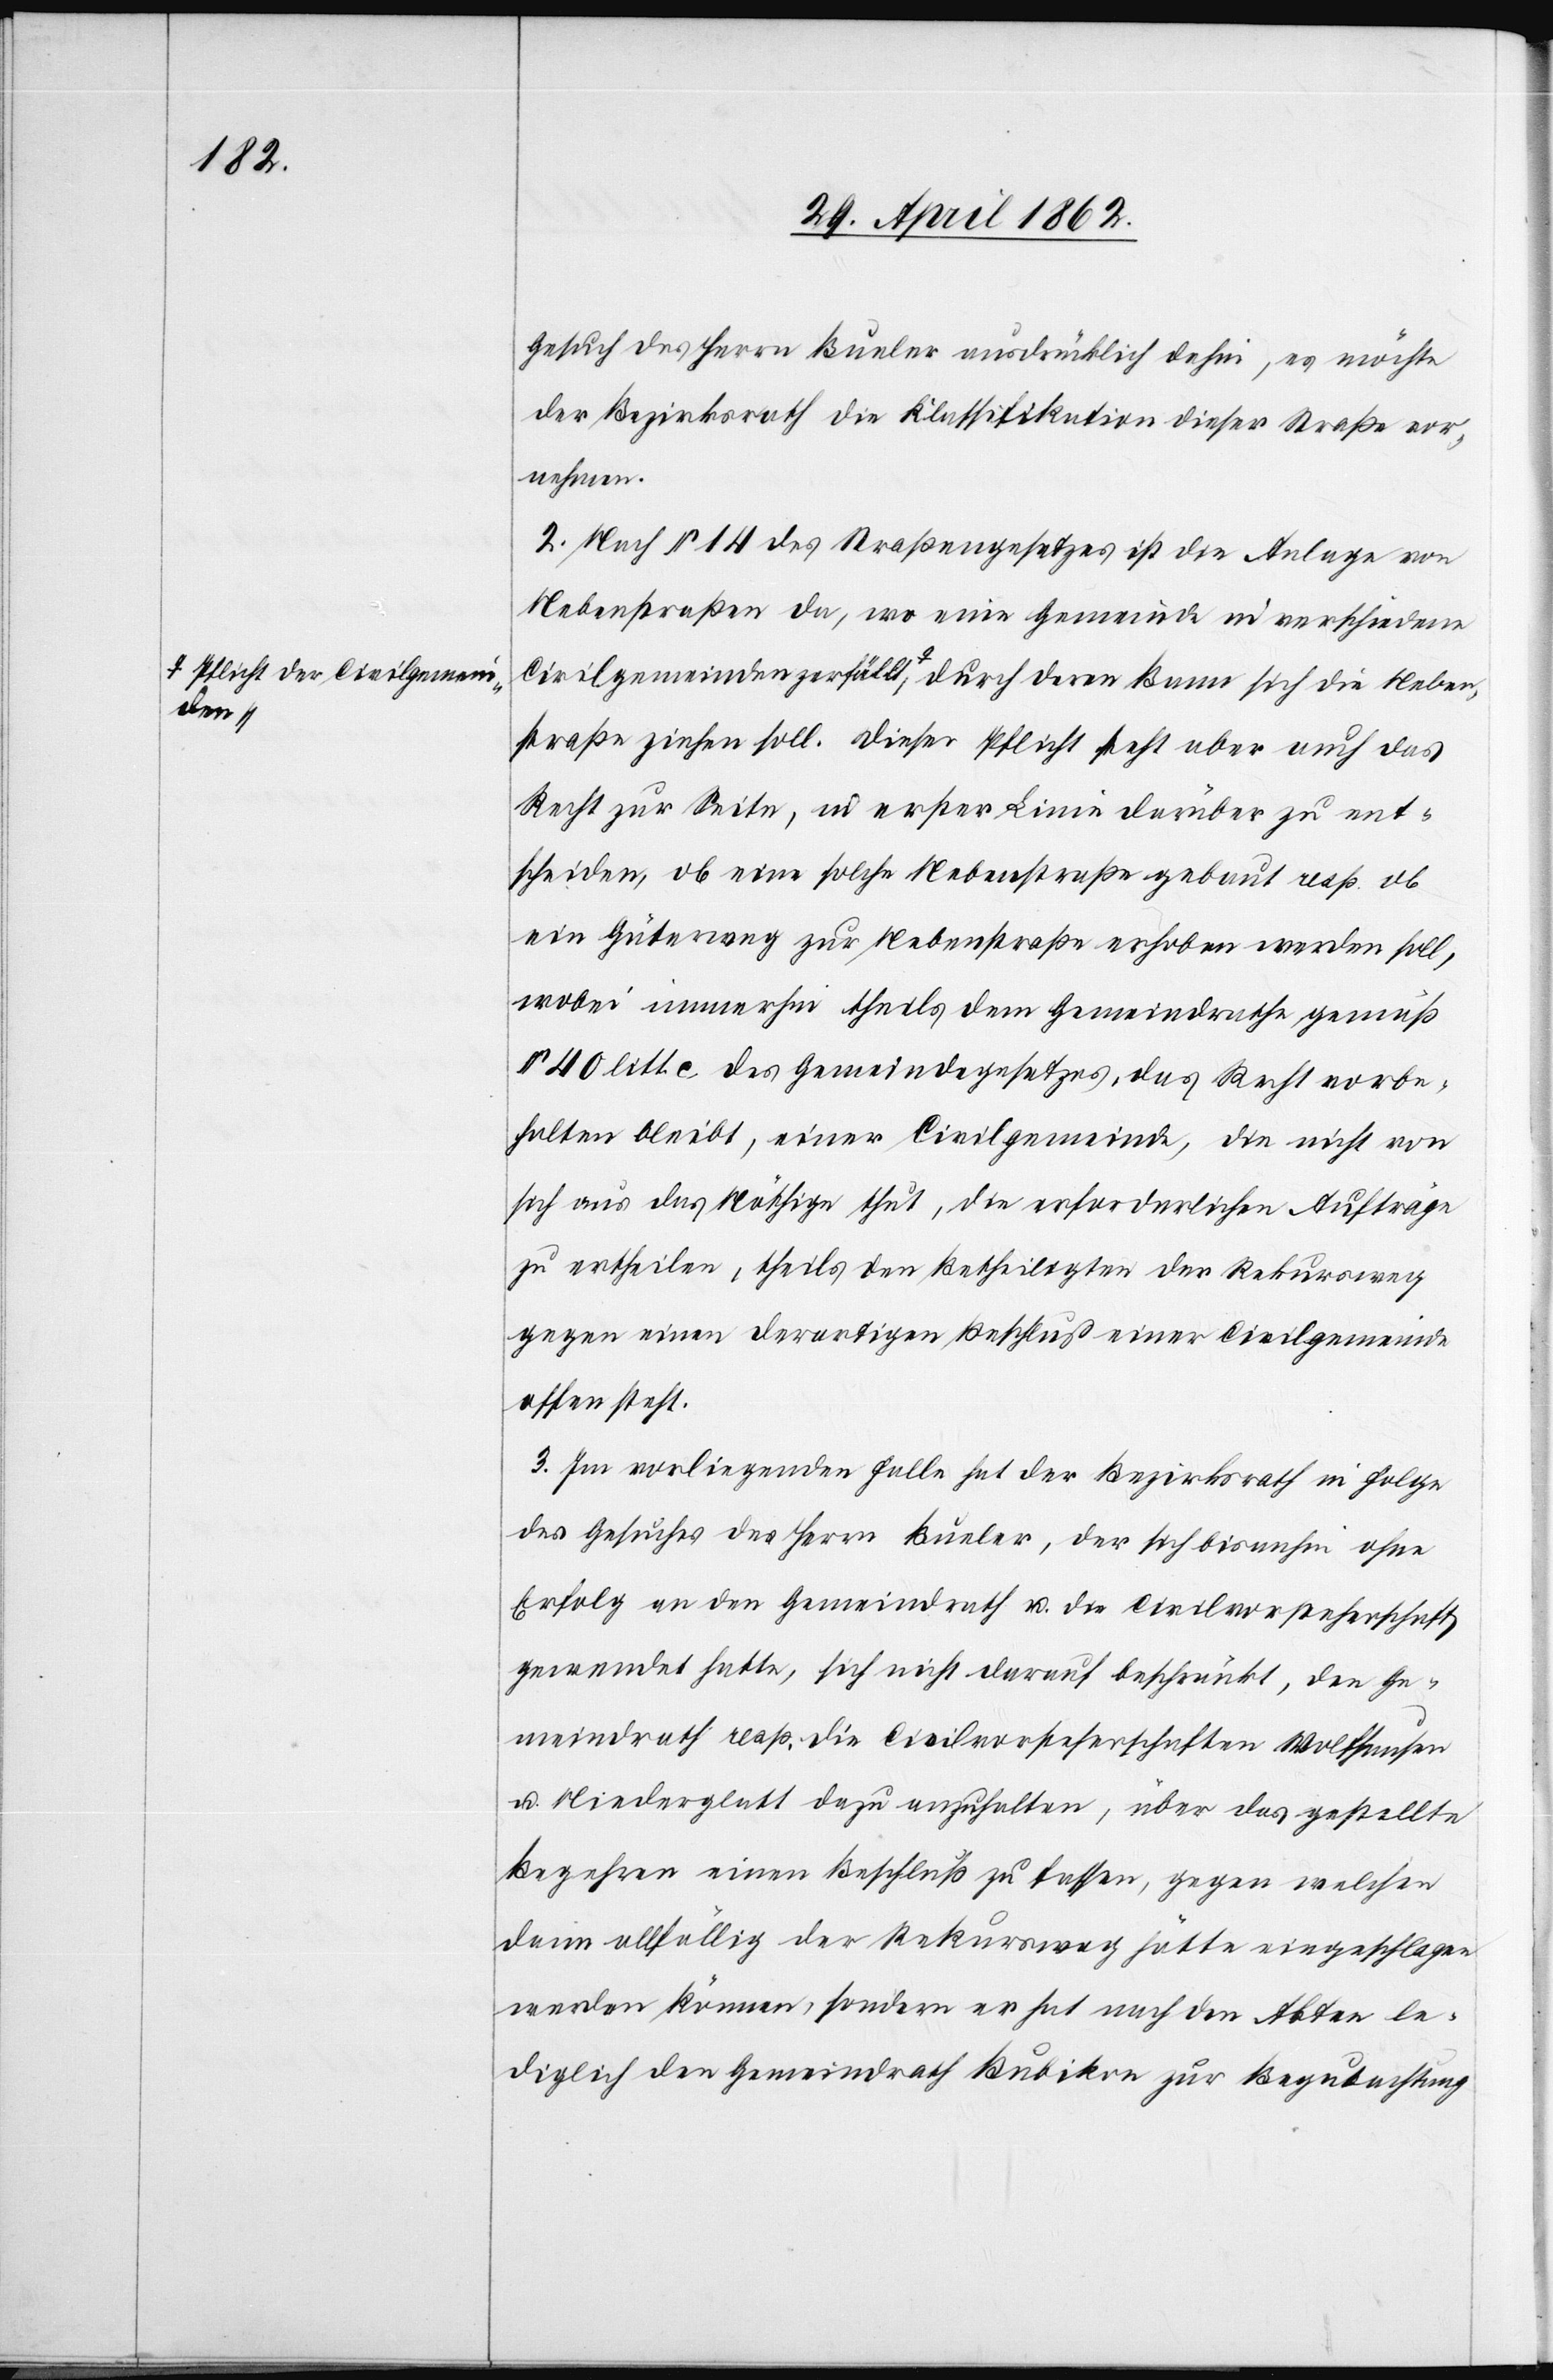
Neben¬

Gesuch des Herrn Bueler ausdrücklich dahin, es möchte
der Bezirksrath die Klassifikation dieser Straße vor¬
nehmen.
2. Nach § 14 des Straßengesetzes ist die Anlage von
Nebenstraßen da, wo eine Gemeinde in verschiedene
Civilgemeinden zerfällt a-Pflicht der Civilgemeinden-a durch deren Bann
straße ziehen soll. Dieser Pflicht steht aber auch das
Recht zur Seite, in erster Linie darüber zu ent¬
scheiden, ob eine solche Nebenstraße gebaut resp. ob
ein Güterweg zur Nebenstraße erhoben werden soll,
wobei immerhin theils dem Gemeindrathe gemäß
§ 40 litt. c des Gemeindegesetzes, das Recht vorbe¬
halten bleibt, einer Civilgemeinde, die nicht von
sich aus das Nöthige thut, die erforderlichen Aufträge
zu ertheilen, theils den Betheiligten der Rekursweg
gegen einen derartigen Beschluß einer Civilgemeinde
offen steht.
3. Im vorliegenden Falle hat der Bezirksrath in Folge
des Gesuches des Herrn Bueler, der sich bis anhin ohne
Erfolg an den Gemeindrath u. die Civilvorsteherschaft
gewendet hatte, sich nicht darauf beschränkt den Ge¬
meindrath resp. die Civilvorsteherschaften Wolfhausen
u. Niederglatt dazu anzuhalten, über das gestellte
Begehren einen Beschluß zu fassen, gegen welchen
darin allfällig der Rekursweg hätte eingeschlagen
werden können, sondern er hat nach den Akten le¬
diglich den Gemeindrath Bubikon zur Begutachtung